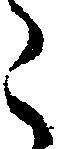
こ